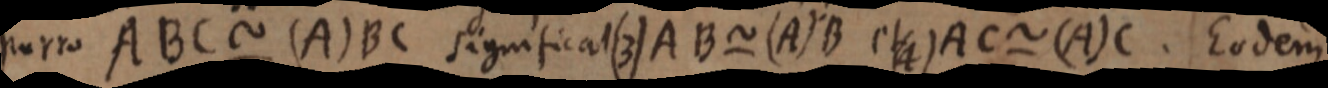
porro ABC ~ (A) BC significat (3) AB ~ (A) B et (4) AC ~ (A) C. Eodem